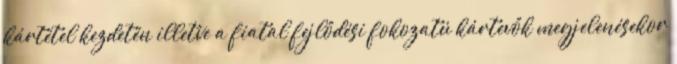
kártétel kezdetén illetve a fiatal fejlődési fokozatú kártevők megjelenésekor